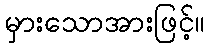
မှားသောအားဖြင့်။